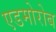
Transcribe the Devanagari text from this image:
एडमोरोब